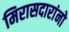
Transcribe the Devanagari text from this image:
मिरासदारांनो